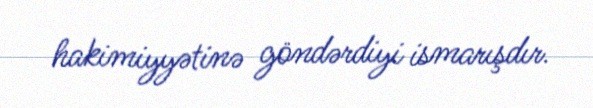
hakimiyyətinə göndərdiyi ismarışdır.